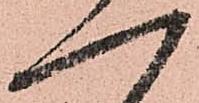
一